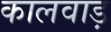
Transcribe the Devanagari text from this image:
कालवाड़